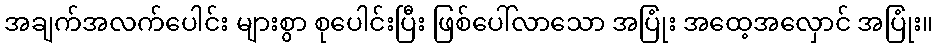
အချက်အလက်ပေါင်း များစွာ စုပေါင်းပြီး ဖြစ်ပေါ်လာသော အပြုံး အထေ့အလှောင် အပြုံး။